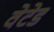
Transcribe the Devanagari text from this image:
वेटेड